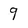
Character: 9